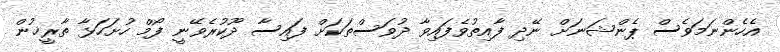
އެހެންނަމަވެސް ޕެންޝަނަށް ނޭދި ފާއިތުވެފައިވާ ދުވަސްތަކަށް ފައިސާ ދޫކުރެވޭނީ ފޯމް ހުށަހަޅާ ތާރީޚުން